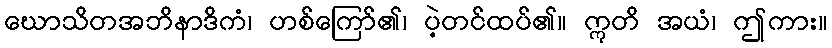
ဃောသိတအဘိနာဒိကံ၊ ဟစ်ကြော်၏၊ ပဲ့တင်ထပ်၏။ ဣတိ အယံ၊ ဤကား။